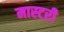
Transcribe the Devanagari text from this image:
मास्‍टरी